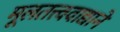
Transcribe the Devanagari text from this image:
मूलतत्त्ववाद्याने